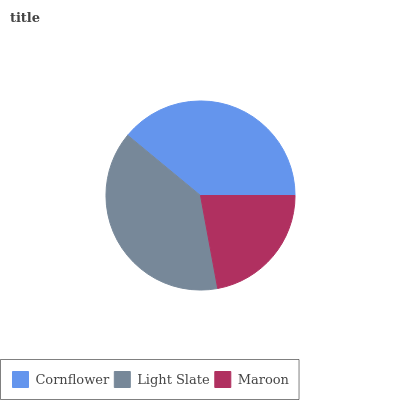
| Cornflower | Light Slate | Maroon |
 | --- | --- | --- |
 | 39% | 38.9% | 22.1% |